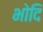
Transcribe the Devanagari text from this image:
भोदि